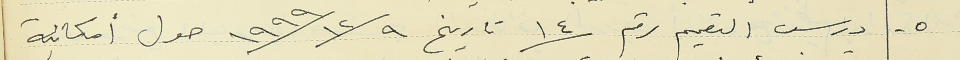
٥ - درس التعميم رقم ١٤ تاريخ ١٢/٩/ ١٩٩٩ حول أمكانية